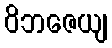
ဝိဘဇေယျ